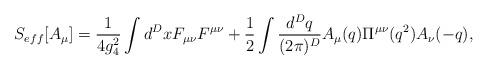
LaTeX: \begin{align*}S_{eff}[A_\mu] = {1\over 4 g_4^2}\int d^D x F_{\mu\nu} F^{\mu\nu} + {1\over 2}\int {d^D q\over (2\pi)^D} A_\mu(q) \Pi^{\mu\nu}(q^2) A_\nu(-q),\end{align*}